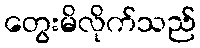
တွေးမိလိုက်သည်